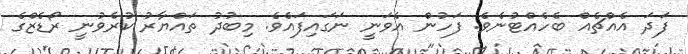
ފަދަ އެއްޗެއް ބެހެއްޓުނެވެ. ފަހުން އެވަނީ ނަގައިފައެވެ. މިބުދު ތައްޔާރު ކުރެވުނީ ރޯޑެޒްގެ